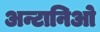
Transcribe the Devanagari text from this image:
अन्टानिओ